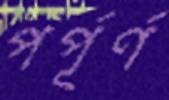
পর্পূর্ণ